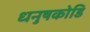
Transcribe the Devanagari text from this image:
धनुषकोडि